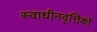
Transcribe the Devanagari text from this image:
स्वाधीनवृत्तिकों